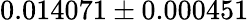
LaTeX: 0.014071\pm 0.000451